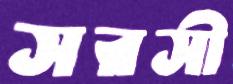
সরসী